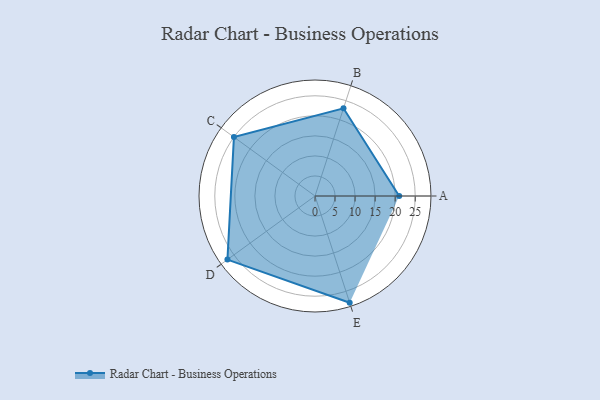
{"axis": {"x": "Skill", "y": "Score"}, "legend": ["Profile"], "data": [{"x": "A", "y": 21.0, "type": "Profile"}, {"x": "B", "y": 23.0, "type": "Profile"}, {"x": "C", "y": 25.0, "type": "Profile"}, {"x": "D", "y": 27.0, "type": "Profile"}, {"x": "E", "y": 28.0, "type": "Profile"}]}